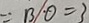
= B O = 3